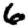
Digit: 6